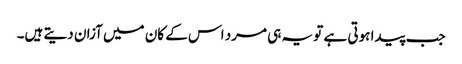
جب پیدا ہوتی ہے تو یہ ہی مرد اس کے کان میں آزان دیتے ہیں۔